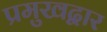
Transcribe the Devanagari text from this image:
प्रमुखद्वार